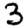
Digit: 3